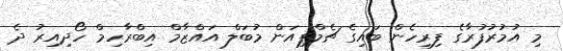
މި އުމުރުފުރާގެ ފިރިހެން ބައިގެ ޗެމްޕިއަން މުބަލް އައްޒާމް އިބްރާހިމް ހޯދިއިރު ދެ